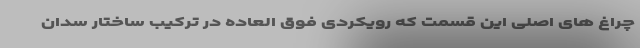
چراغ های اصلی این قسمت که رویکردی فوق العاده در ترکیب ساختار سدان